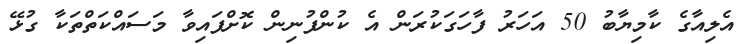
އެލިއާގެ ކާމިޔާބު 50 އަހަރު ފާހަގަކުރަން އެ ކުންފުނިން ކޮށްފައިވާ މަސައްކަތްތަކާ ގުޅޭ